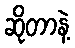
ဆိုတာနဲ့